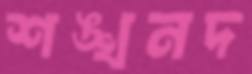
শঙ্খনদ